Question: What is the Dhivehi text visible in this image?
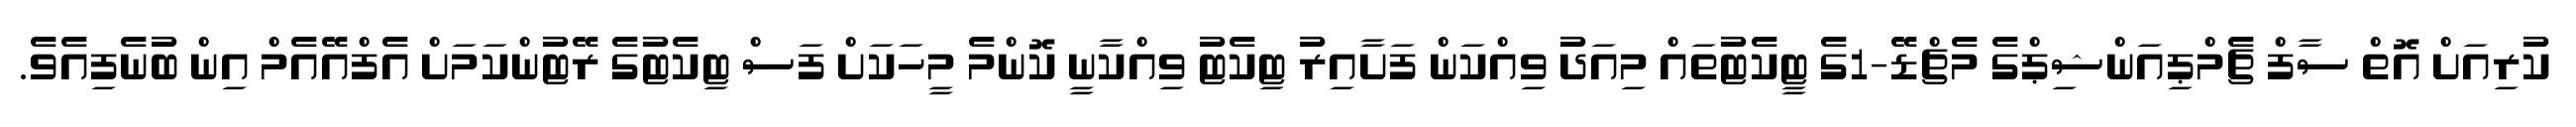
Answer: ކުރިއަށް އޮތް ސާފް ޗެމްޕިއަންޝިޕްގެ މެޗްޑޭ-1ގެ ޓީކެޓުތައް މިއަދު ވިއްކަން ފަށާއިރު ޓިކެޓު ވިއްކާނީ ކޮންމެ މީހަކަށް ފަސް ޓިކެޓުގެ ރޭޓުންކަމަށް އެފްއޭއެމް އިން ބުނެފިއެވެ.